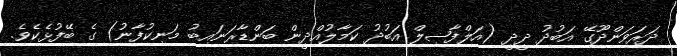
ދަރަވަންދޫގޭ އަބުދު ދީދީ (އަލްފާޟިލް އަބުދު ކަމާލުއްދީން ބަންޑާރަނައިބު މަނިކުފާނު) ގެ ބޭފުޅެކެވެ.